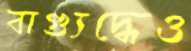
বাগ্যুদ্ধেও